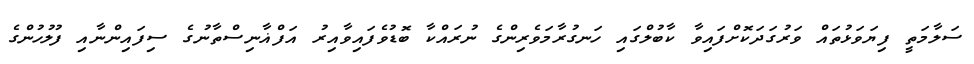
ސަލާމަތީ ފިޔަވަޅުތައް ވަރުގަދަކޮށްފައިވާ ކާބުލްގައި ހަނގުރާމަވެރިންގެ ނުރައްކާ ބޮޑުވެފައިވާއިރު އަފްޣާނިސްތާނުގެ ސިފައިންނާއި ފުލުހުންގެ